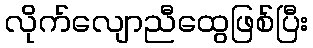
လိုက်လျောညီထွေဖြစ်ပြီး